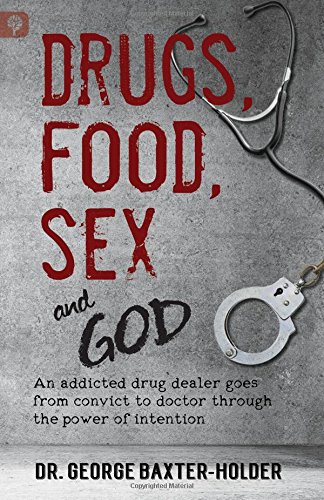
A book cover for Drugs, Food, Sex and God: An addicted drug dealer goes from convict to doctor through the power of intention; Dr. George Baxter-Holder; Health, Fitness & Dieting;